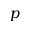
p